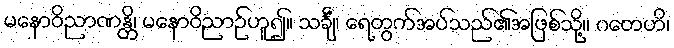
မနောဝိညာဏန္တိ၊ မနောဝိညာဉ်ဟူ၍။ သင်္ချံ၊ ရေတွက်အပ်သည်၏အဖြစ်သို့။ ဂတေဟိ၊